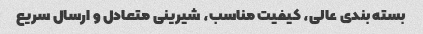
بسته بندی عالی، کیفیت مناسب، شیرینی متعادل و ارسال سریع